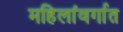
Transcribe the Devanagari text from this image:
महिलांवर्गात